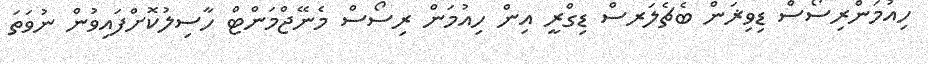
ހިއުމަންރިސޯސް ޑިވިޜަން ބެޗެލަރސް ޑިގްރީ އިން ހިއުމަން ރިސޯސް މެނޭޖްމަންޓް ހާސިލުކޮށްފައިވުން ނުވަތަ